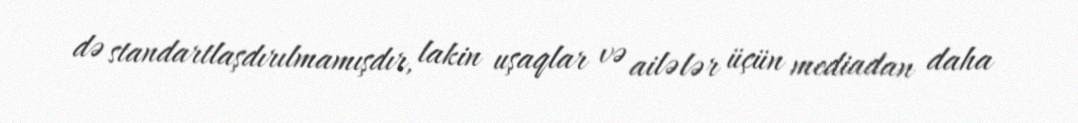
də standartlaşdırılmamışdır, lakin uşaqlar və ailələr üçün mediadan daha